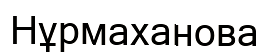
Нұрмаханова